38_143685_box7_Incident_Summaries_1-100
Agency: Department of War
Page 172
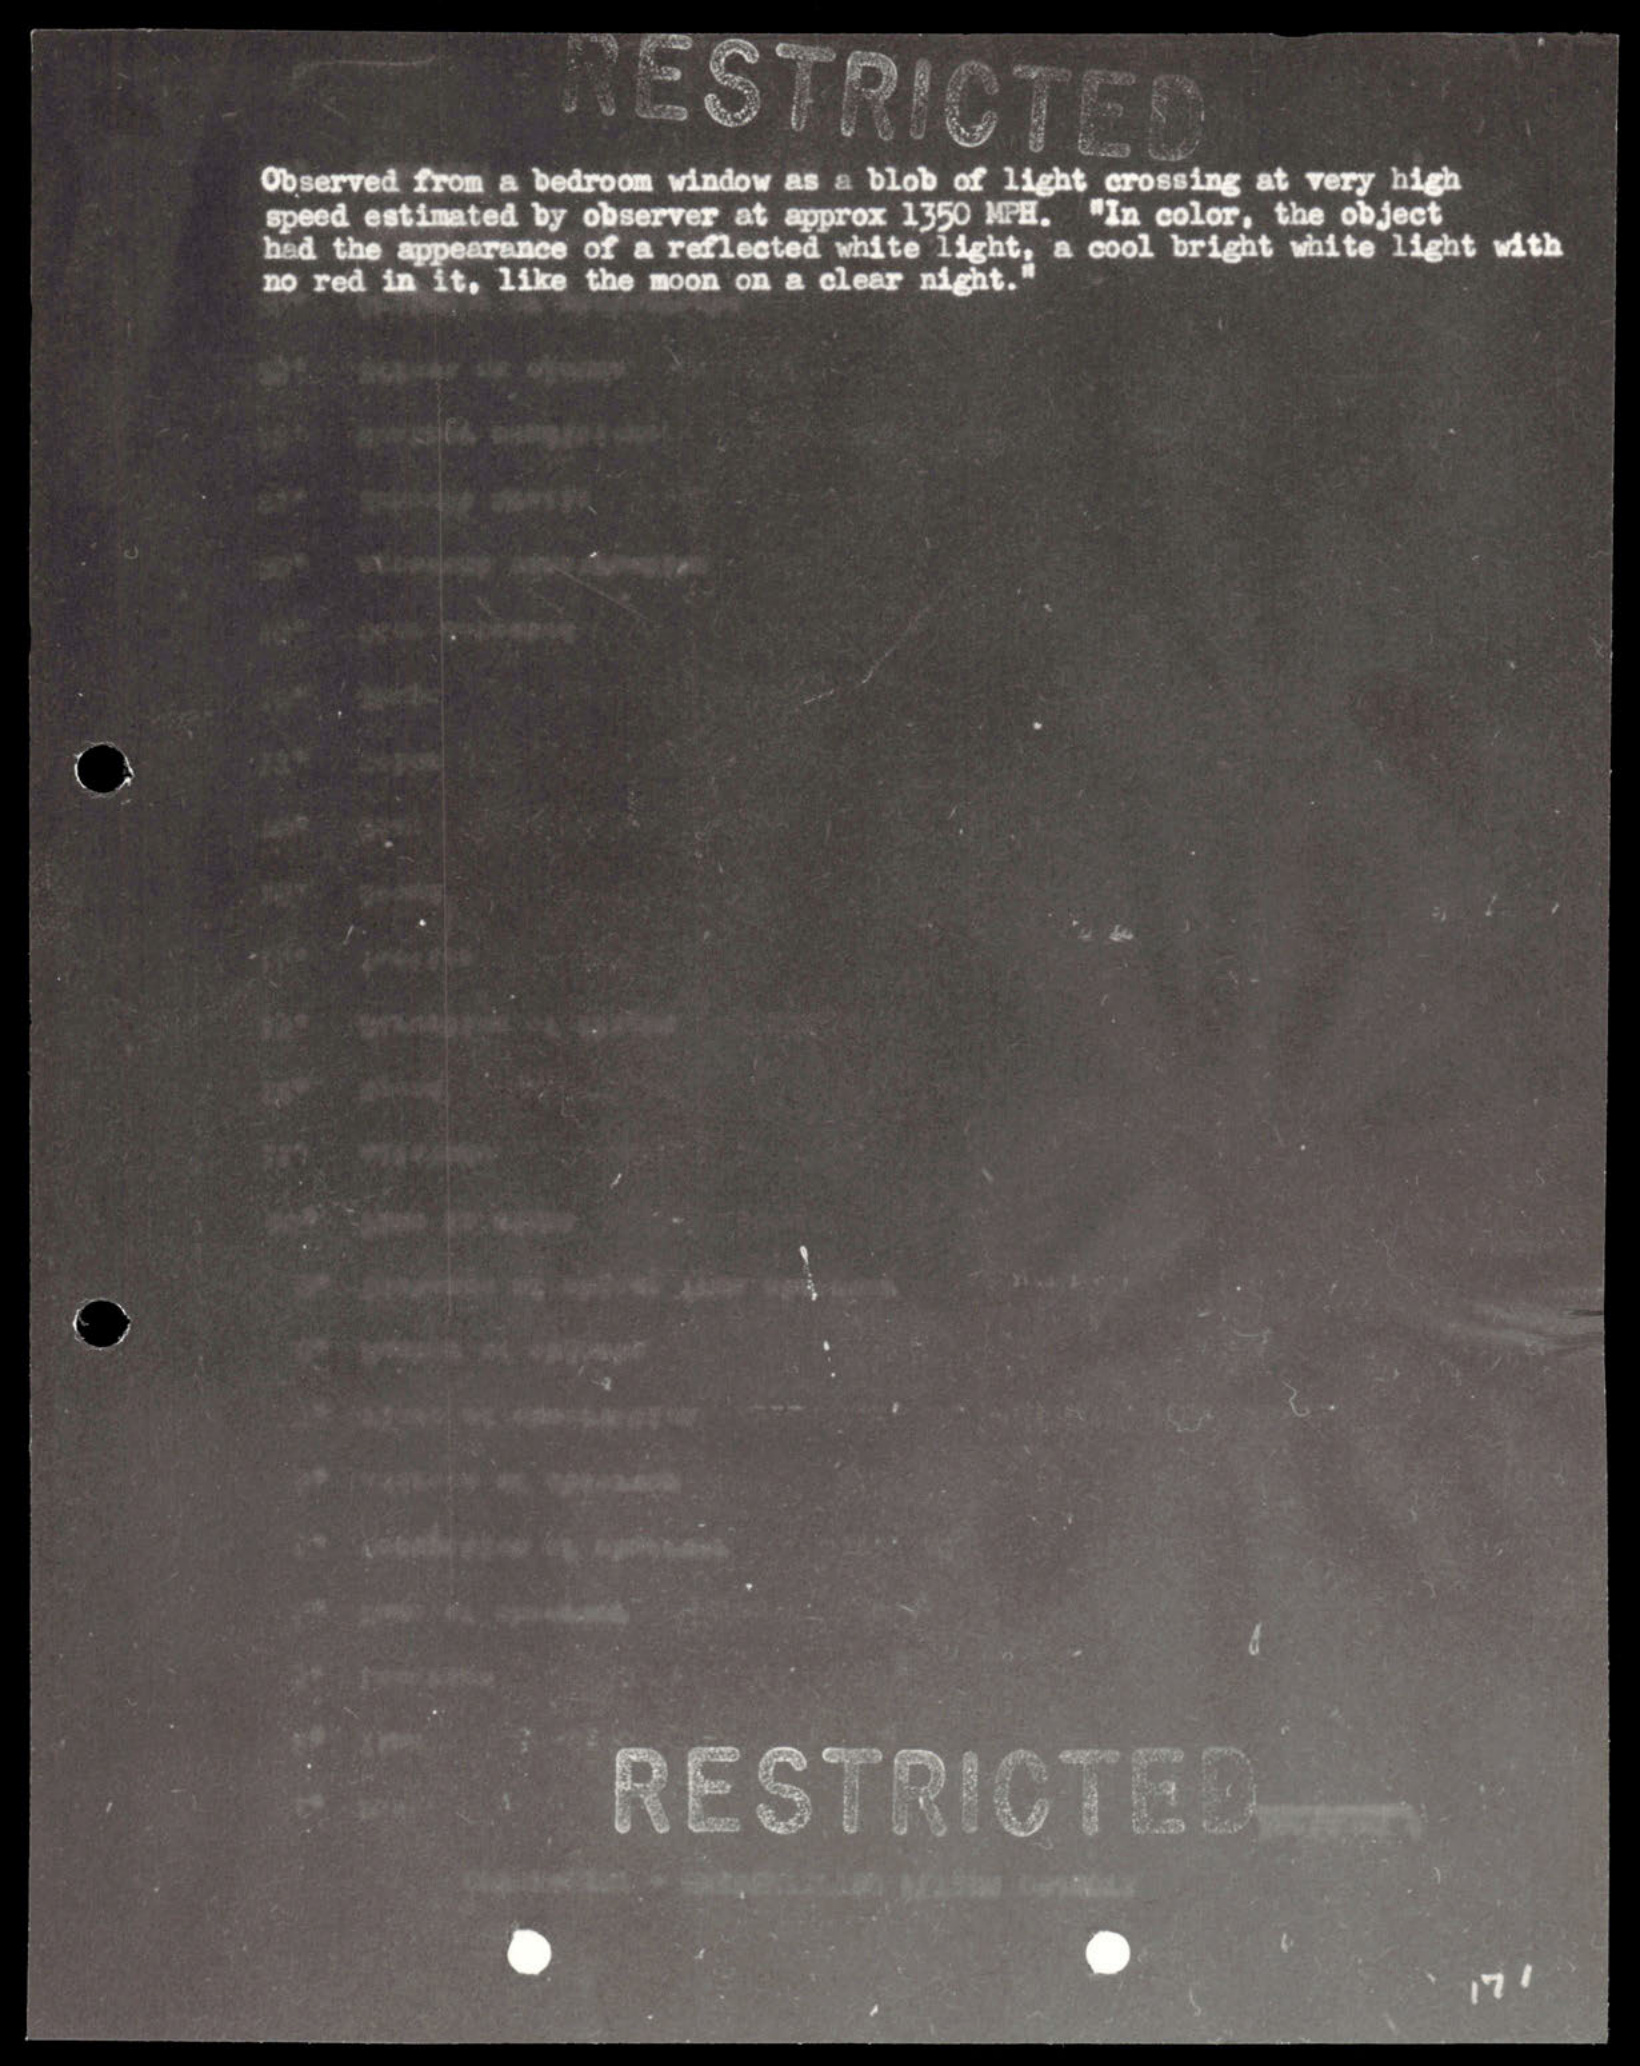